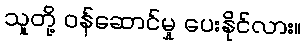
သူတို့ ဝန်ဆောင်မှု ပေးနိုင်လား။